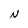
Character: N